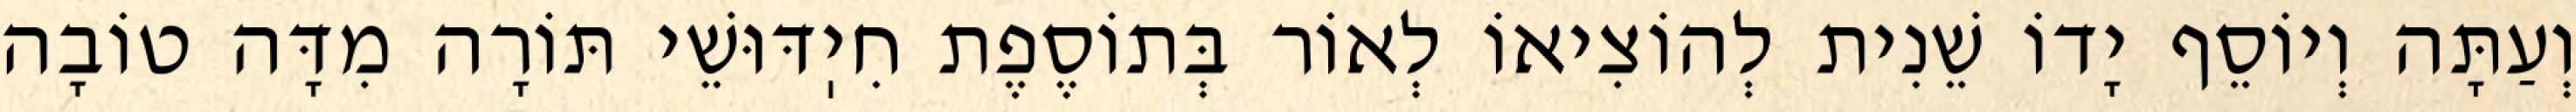
וְעַתָּה וְיוֹסֵף יָדוֹ שֵׁנִית לְהוֹצִיאוֹ לְאוֹר בְּתוֹסֶפֶת חִיֽדּוּשֵׁי תּוֹרָה מִדָּה טוֹבָה